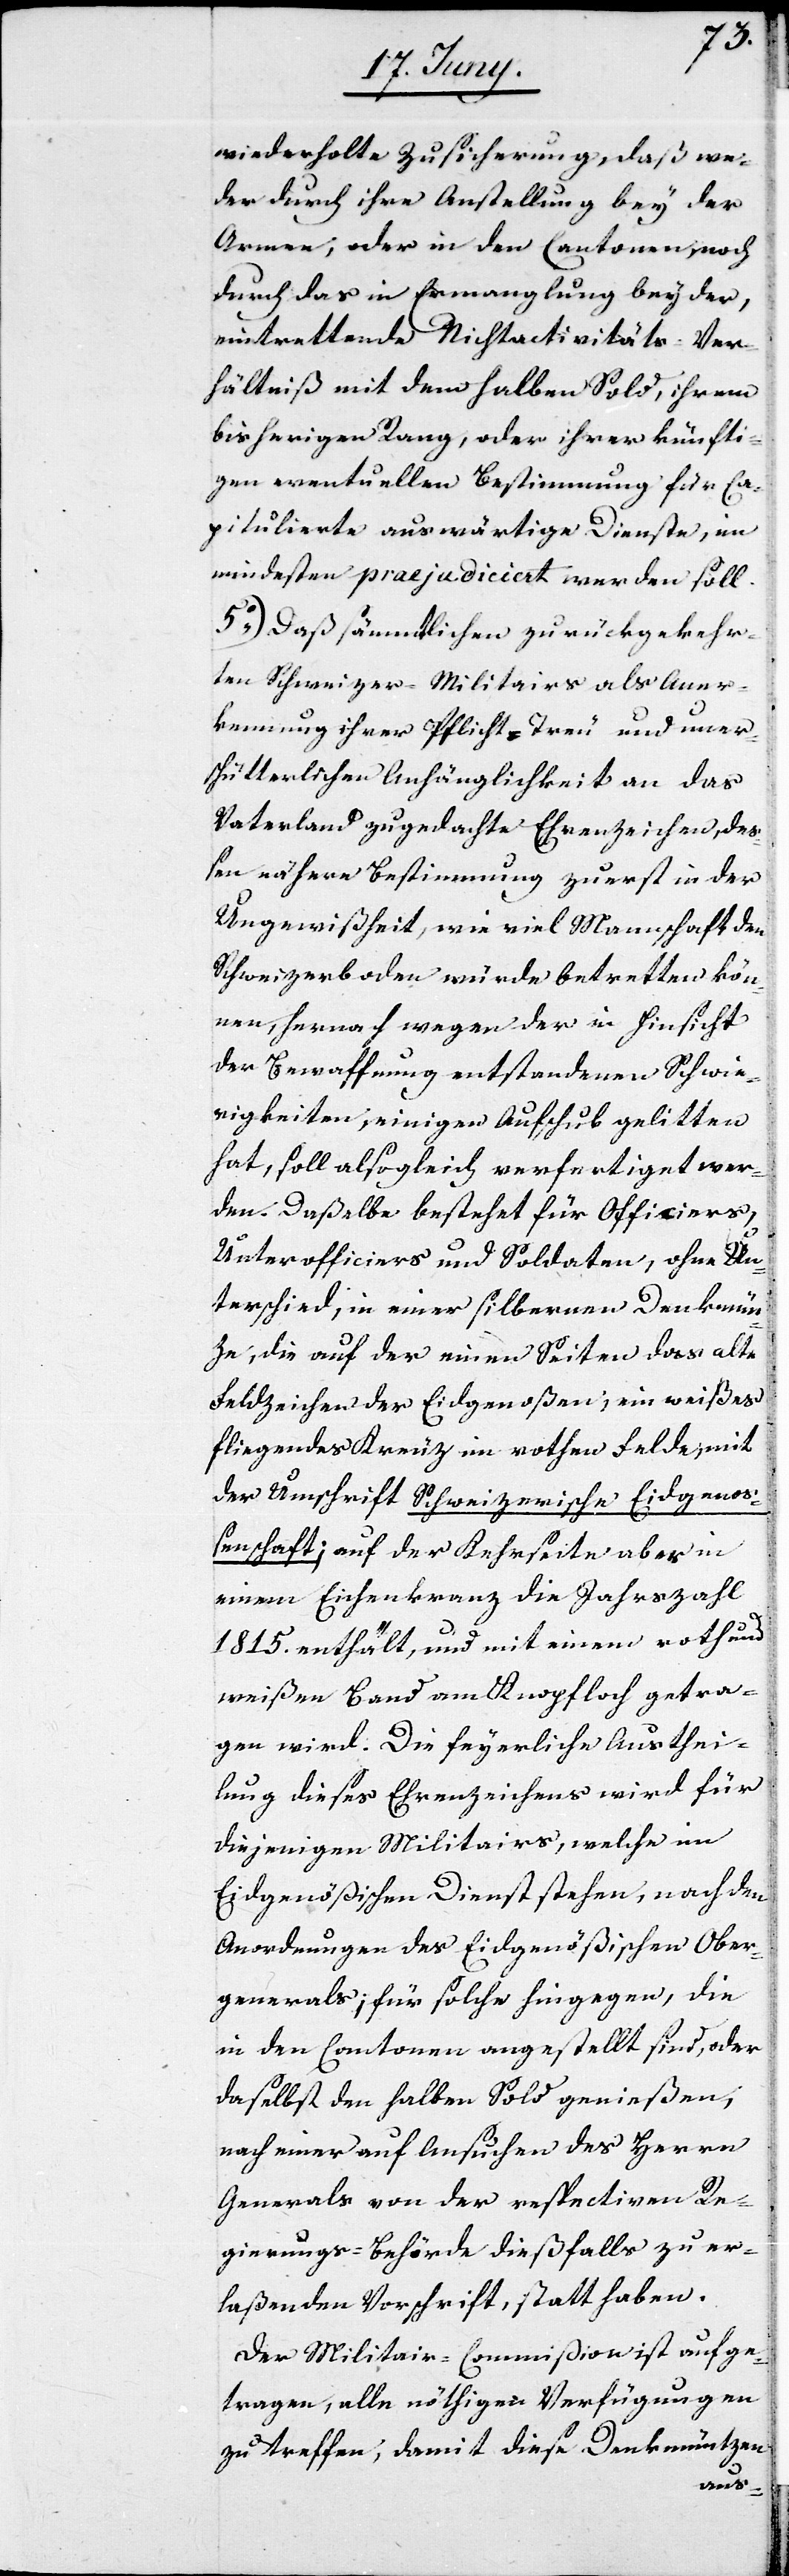
wiederholte Zusicherung, daß we¬
der durch ihre Anstellung bey der
Armee, oder in den Cantonen, noch
durch das in Ermanglung bey der,
eintrettende Nichtactivitäts-Ver¬
hältniß mit dem halben Sold, ihrem
bisherigen Rang oder ihrer künfti¬
gen eventuellen Bestimmung für Ca¬
pitulierte auswärtige Dienste, im
mindesten praejudiciert werden soll.
5o) Daß sämmtlichen zurückgekehr¬
ten Schweizer-Militairs als Aner¬
kennung ihrer Pflicht-Treue und uner¬
schütterlichen Anhänglichkeit an das
Vaterland zugedachte Ehrenzeichen, deß¬
en nähere Bestimmung zuerst in der
Ungewißheit, wie viel Mannschaft den
Schweizerboden wieder betretten kön¬
nen, hernach wegen der in Hinsicht
der Bewaffnung entstandenen Schwie¬
rigkeiten, einigen Aufschub gelitten
hat, soll alsogleich verfertiget wer¬
den. Daßelbe besteht für Officiers,
Unterofficiers und Soldaten, ohne Un¬
terschied, in einer silbernen Denkmün¬
ze, die auf der einen Seite das alte
Feldzeichen der Eidgenoßen, ein weißes
fliegendes Kreuz im rothen Felde, mit
der Umschrift Schweizerische Eidgenoß¬
enschaft; auf der Kehrseite aber in
einem Eichenkreuz die Jahreszahl
1815. enthält, und mit einem roth und
weißen Band am Knopfloch getra¬
gen wird. Die feyerliche Austhei¬
lung dieses Ehrenzeichens wird für
diejenigen Militairs welche in
Eidgenößischen Dienst stehen, nach den
Anordnungen des Eidgenößischen Ober¬
generals; für solche hingegen, die
in den Cantonen angestellt sind, oder
daselbst den halben Sold genießen,
nach einer auf Ansuchen des Herrn
Generals von der respectiven Re¬
gierungs-Behörde dießfalls zu er¬
laßenden Vorschrift, statt haben.
Der Militair-Commißion ist aufge¬
tragen, alle nöthigen Verfügungen
zu treffen, damit diese Denkmüntzen